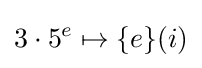
3\cdot 5^{e}\mapsto \{e\}(i)